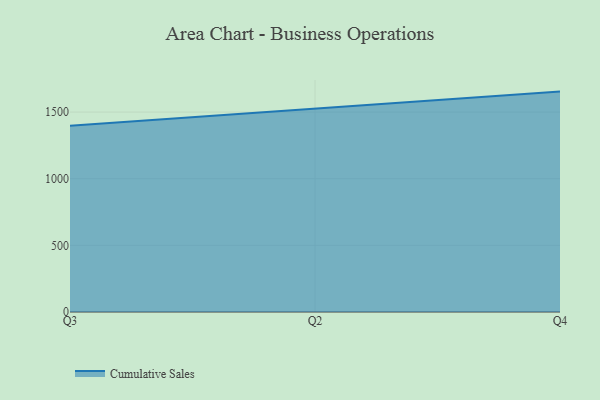
{"axis": {"x": "Quarter", "y": "Latency (ms)"}, "legend": ["Cumulative Sales"], "data": [{"x": "Q3", "y": 1396.9, "type": "Cumulative Sales"}, {"x": "Q2", "y": 1525.0, "type": "Cumulative Sales"}, {"x": "Q4", "y": 1653.6, "type": "Cumulative Sales"}]}